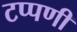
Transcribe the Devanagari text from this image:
टप्पणी